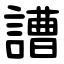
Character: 䜊